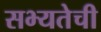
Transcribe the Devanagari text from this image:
सभ्यतेची